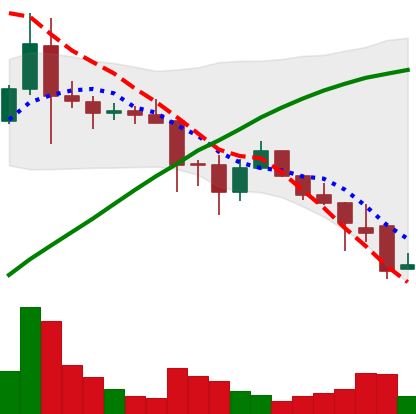
Ticker: ADA-USD
Chart end date: 2021-11-27
Forward return: 10.947%
Label: up_7plus